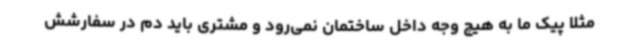
مثلا پیک ما به هیچ وجه داخل ساختمان نمی‌رود و مشتری باید دم در سفارشش